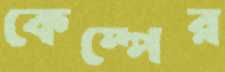
কেম্পের